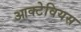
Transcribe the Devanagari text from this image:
आक्टेवियस